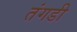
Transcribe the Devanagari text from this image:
तंगडी